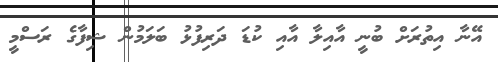
އޭނާ އިތުރަށް ބުނީ އާއިލާ އާއި ކުޑަ ދަރިފުޅު ބަލަމުން ޝިފާގެ ރަސްމީ